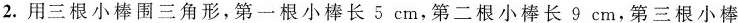
2.用三根小棒围三角形，第一根小棒长5cm，第二根小棒长9cm，第三根小棒